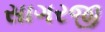
સાગરજી